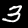
Digit: 3